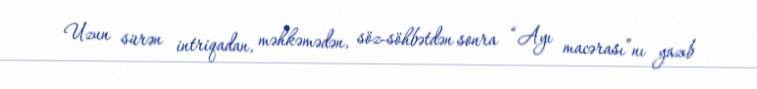
Uzun sürən intriqadan, məhkəmədən, söz-söhbətdən sonra “Ayı macərası”nı yazıb